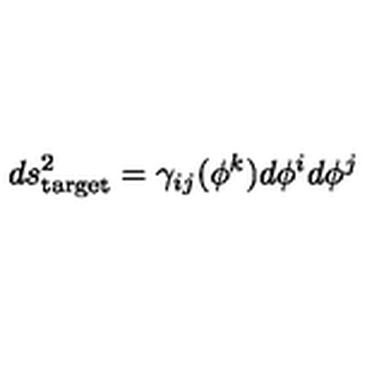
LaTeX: d s _ { \mathrm { t a r g e t } } ^ { 2 } = \gamma _ { i j } ( \phi ^ { k } ) d \phi ^ { i } d \phi ^ { j }